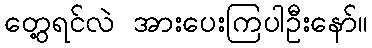
တွေ့ရင်လဲ အားပေးကြပါဦးနော်။